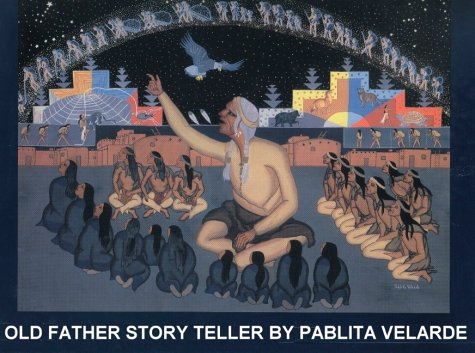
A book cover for Old Father Story Teller; Pablita Velarde; Children's Books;